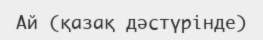
Ай (қазақ дәстүрінде)